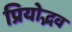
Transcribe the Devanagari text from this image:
प्रियोद्भव